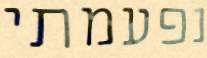
נפעמתי